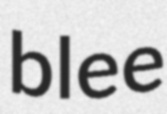
blee